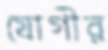
যোগীর